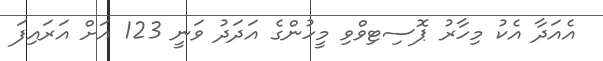
އެއަދާ އެކު މިހާރު ޕޮސިޓިވްވި މީހުންގެ އަދަދު ވަނީ 123 އަށް އަރައިފަ